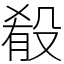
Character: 殽